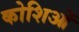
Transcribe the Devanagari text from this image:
कोशिओं